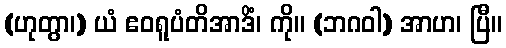
(ဟုတွာ၊) ယံ ဧဝရူပံတိအာဒိံ၊ ကို။ (ဘဂဝါ) အာဟ၊ ပြီ။